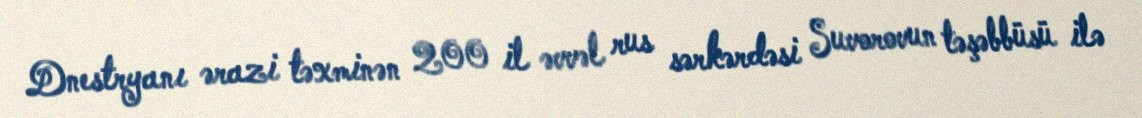
Dnestryanı ərazi təxminən 200 il əvvəl rus sərkərdəsi Suvorovun təşəbbüsü ilə